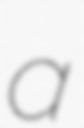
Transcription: a